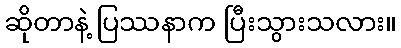
ဆိုတာနဲ့ ပြဿနာက ပြီးသွားသလား။